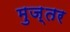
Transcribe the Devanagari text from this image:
मुज़्तर